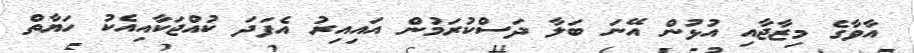
އާވާގެ މިޒާޖާއި އުޅުން އޭނަ ބަލާ ދަސްކުރަމުން އައިއިރު އެފަދަ ކުއްޖަކާއިއެކު ހަޔާތް